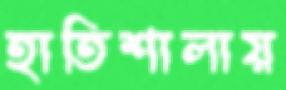
হাতিশালায়